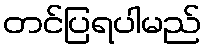
တင်ပြရပါမည်